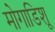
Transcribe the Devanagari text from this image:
मोगाडिशू